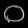
Digit: ၀